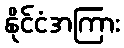
နိုင်ငံအကြား